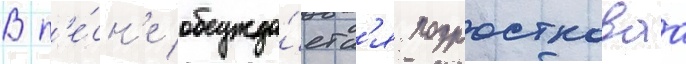
В п'е́сн'е обсужда́етс'я подростковаа